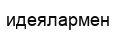
идеялармен